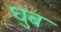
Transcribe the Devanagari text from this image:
धुब